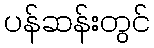
ပန်ဆန်းတွင်